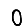
Digit: 0